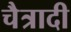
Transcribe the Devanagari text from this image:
चैत्रादी